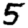
Digit: 5